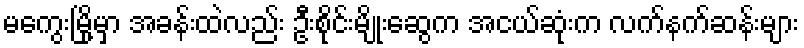
မကွေးမြို့မှာ အခန်းထဲလည်း ဦးစိုင်းမျိုးဆွေက အငယ်ဆုံးက လက်နက်ဆန်းများ